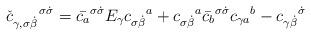
LaTeX: \begin{align*}{\check c}_{\gamma, \sigma \dot \beta}^{\enspace \enspace \enspace \,\sigma \dot \sigma}=\bar {c_{a}}^{\sigma \dot \sigma}E_{\gamma}{c_{\sigma \dot \beta}}^{a} +{c_{\sigma \dot \beta}}^{a}\bar {c_{b}}^{\sigma \dot \sigma}{c_{\gamma a}}^{b} - {c_{\gamma \dot \beta}}^{\dot \sigma}\end{align*}